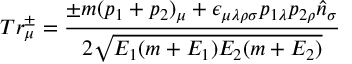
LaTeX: T r _ { \mu } ^ { \pm } = { \frac { \pm m ( p _ { 1 } + p _ { 2 } ) _ { \mu } + \epsilon _ { \mu \lambda \rho \sigma } p _ { 1 \lambda } p _ { 2 \rho } { \hat { n } } _ { \sigma } } { 2 \sqrt { E _ { 1 } ( m + E _ { 1 } ) E _ { 2 } ( m + E _ { 2 } ) } } }